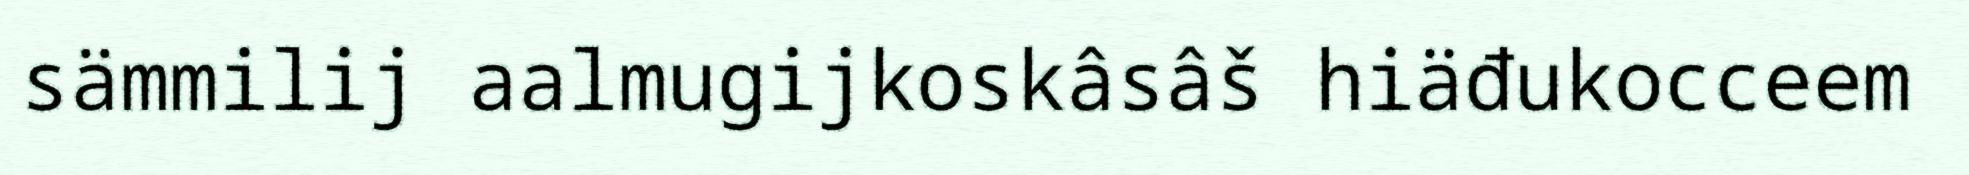
sämmilij aalmugijkoskâsâš hiäđukocceem